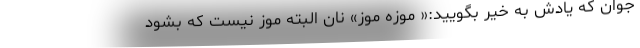
جوان که یادش به خیر بگویید:« موزه موز» نان البته موز نیست که بشود